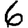
Digit: 6